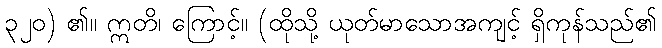
၃၂၀) ၏။ ဣတိ၊ ကြောင့်။ (ထိုသို့ ယုတ်မာသောအကျင့် ရှိကုန်သည်၏